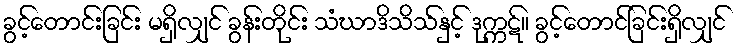
ခွင့်တောင်းခြင်း မရှိလျှင် ခွန်းတိုင်း သံဃာဒိသိသ်နှင့် ဒုက္ကဋ်။ ခွင့်တောင်ခြင်းရှိလျှင်